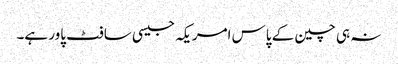
نہ ہی چین کے پاس امریکہ جیسی سافٹ پاور ہے۔